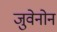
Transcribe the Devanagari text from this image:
जुवेनोन